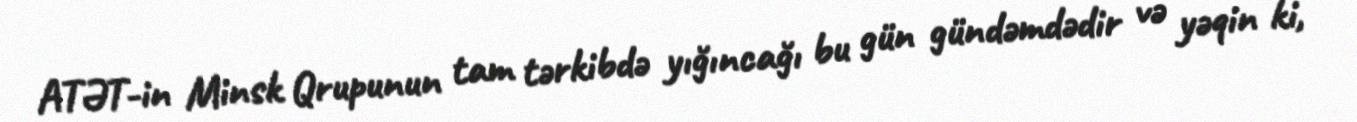
ATƏT-in Minsk Qrupunun tam tərkibdə yığıncağı bu gün gündəmdədir və yəqin ki,